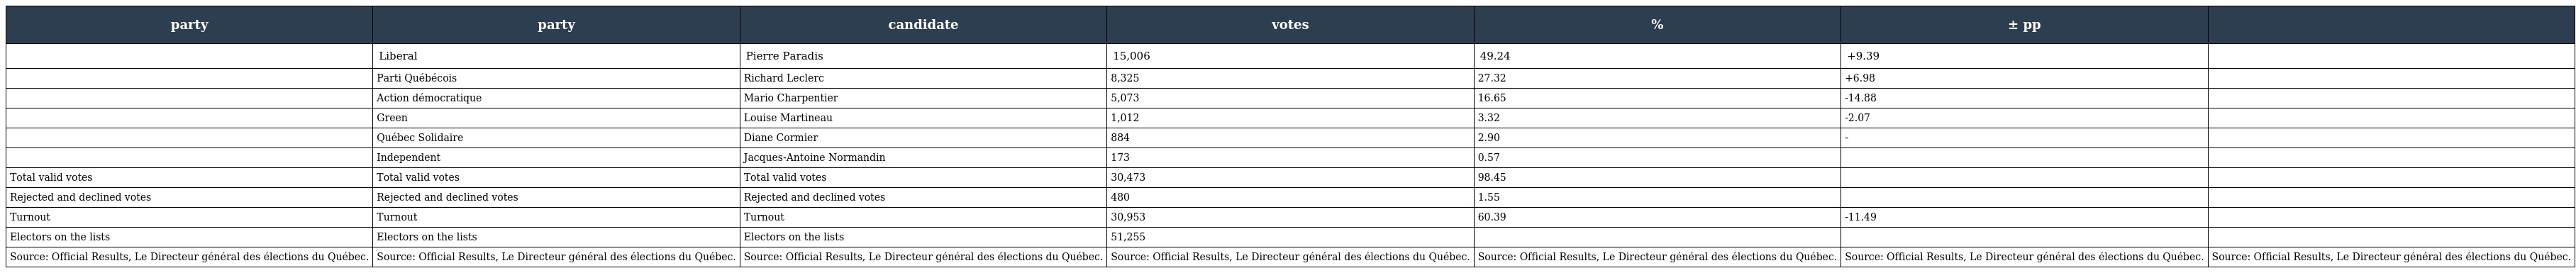
| party | party | candidate | votes | % | ± pp |  |
 | --- | --- | --- | --- | --- | --- | --- |
 |  | Liberal | Pierre Paradis | 15,006 | 49.24 | +9.39 |  |
 |  | Parti Québécois | Richard Leclerc | 8,325 | 27.32 | +6.98 |  |
 |  | Action démocratique | Mario Charpentier | 5,073 | 16.65 | -14.88 |  |
 |  | Green | Louise Martineau | 1,012 | 3.32 | -2.07 |  |
 |  | Québec Solidaire | Diane Cormier | 884 | 2.90 | - |  |
 |  | Independent | Jacques-Antoine Normandin | 173 | 0.57 |  |  |
 | Total valid votes | Total valid votes | Total valid votes | 30,473 | 98.45 |  |  |
 | Rejected and declined votes | Rejected and declined votes | Rejected and declined votes | 480 | 1.55 |  |  |
 | Turnout | Turnout | Turnout | 30,953 | 60.39 | -11.49 |  |
 | Electors on the lists | Electors on the lists | Electors on the lists | 51,255 |  |  |  |
 | Source: Official Results, Le Directeur général des élections du Québec. | Source: Official Results, Le Directeur général des élections du Québec. | Source: Official Results, Le Directeur général des élections du Québec. | Source: Official Results, Le Directeur général des élections du Québec. | Source: Official Results, Le Directeur général des élections du Québec. | Source: Official Results, Le Directeur général des élections du Québec. | Source: Official Results, Le Directeur général des élections du Québec. |